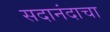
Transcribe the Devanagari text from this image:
सदानंदाचा